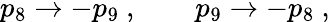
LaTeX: p_{8}\to-p_{9}\ ,\qquad p_{9}\to-p_{8}\ ,